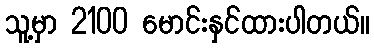
သူ့မှာ 2100 မောင်းနှင်ထားပါတယ်။